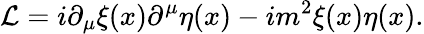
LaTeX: {\cal L}=i\partial_{\mu}\xi(x)\partial^{\mu}\eta(x)-im^{2}\xi(x)\eta(x).